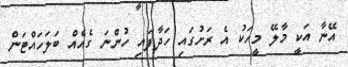
އޭނާ އަކީ މާލޭ މީހަކު އެ ރަށުގައި ހަދާފައި ހުންނަ ގެއެއް ބަލަހައްޓަން